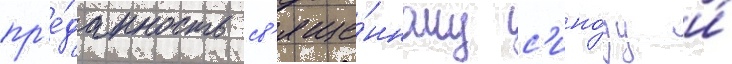
пр'е́данность св'яще́нному с'ино́ду и́